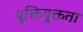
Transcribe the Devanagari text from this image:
युक्तियुक्तता